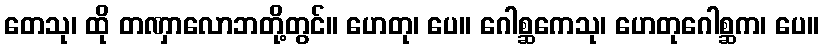
တေသု၊ ထို တဏှာလောဘတို့တွင်။ ဟေတု၊ ပေ။ ဂေါစ္ဆကေသု၊ ဟေတုဂေါစ္ဆက၊ ပေ။